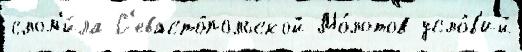
слом'и́ла С'евасто́польской Мо́лотов усло́в'ий